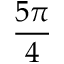
\frac { 5 \pi } { 4 }